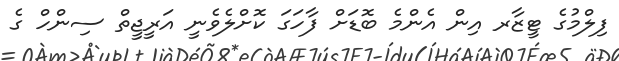
ފިލްމުގެ ޓީޒާރ އިން އެންމެ ބޮޑަށް ފާހަގަ ކޮށްލެވެނީ އަރީޖީތް ސިންހް ގެ